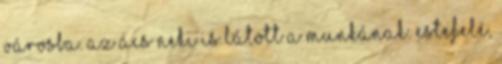
városba. Az ács neki is látott a munkának. Estefelé,